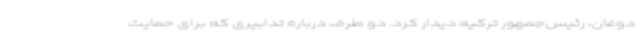
دوغان، رئیس‌جمهور ترکیه دیدار کرد. دو طرف درباره تدابیری که برای حمایت